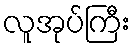
လူအုပ်ကြီး